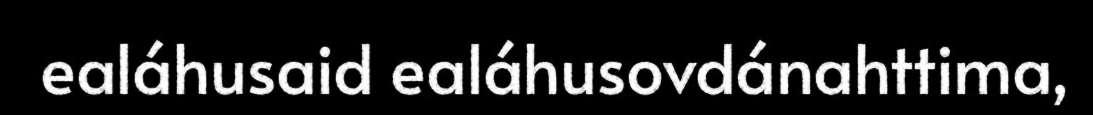
ealáhusaid ealáhusovdánahttima,